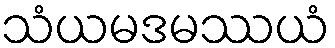
သံယမဒမဿယံ